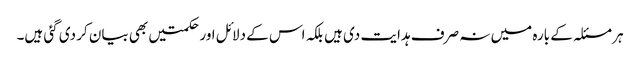
ہر مسئلہ کے بارہ میں نہ صرف ہدایت دی ہیں بلکہ اس کے دلائل اورحکمتیں بھی بیان کر دی گئی ہیں۔